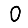
Digit: 0